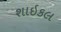
શાઇકલ